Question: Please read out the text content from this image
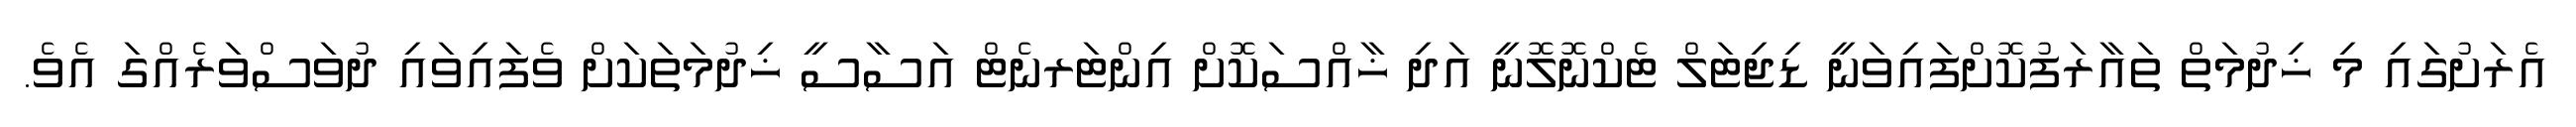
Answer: އެރަށުގައި މި ޚިދުމަތް ތައާރަފުކޮށްފައިވަނީ ޑިޖިޓަލް ޓެކްނޮލޮނީ އަދި ޚާއްސަކޮށް އިންޓަރނެޓް އަސާސީ ޚިދުމަތަކަށް ވެފައިވައި ދުވަސްވަރެއްގަ އެވެ.